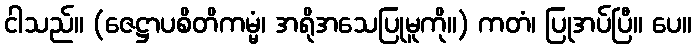
ငါသည်။ (ဇေဋ္ဌာပစိတိကမ္မံ၊ အရိုအသေပြုမူကို။) ကတံ၊ ပြုအပ်ပြီ။ ပေ။